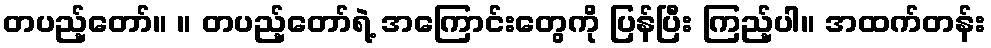
တပည့်တော်။ ။ တပည့်တော်ရဲ့ အကြောင်းတွေကို ပြန်ပြီး ကြည့်ပါ။ အထက်တန်း